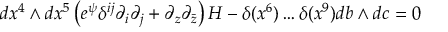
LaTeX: d x ^ { 4 } \wedge d x ^ { 5 } \left( e ^ { \psi } \delta ^ { i j } \partial _ { i } \partial _ { j } + \partial _ { z } \partial _ { \bar { z } } \right) H - \delta ( x ^ { 6 } ) \ldots \delta ( x ^ { 9 } ) d b \wedge d c = 0